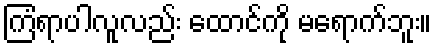
ကြံရာပါလူလည်း ထောင်ကို မရောက်ဘူး။